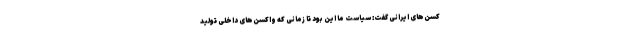
کسن‌های ایرانی گفت: سیاست ما این بود تا زمانی که واکسن‌های داخلی تولید